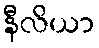
နီလိယာ